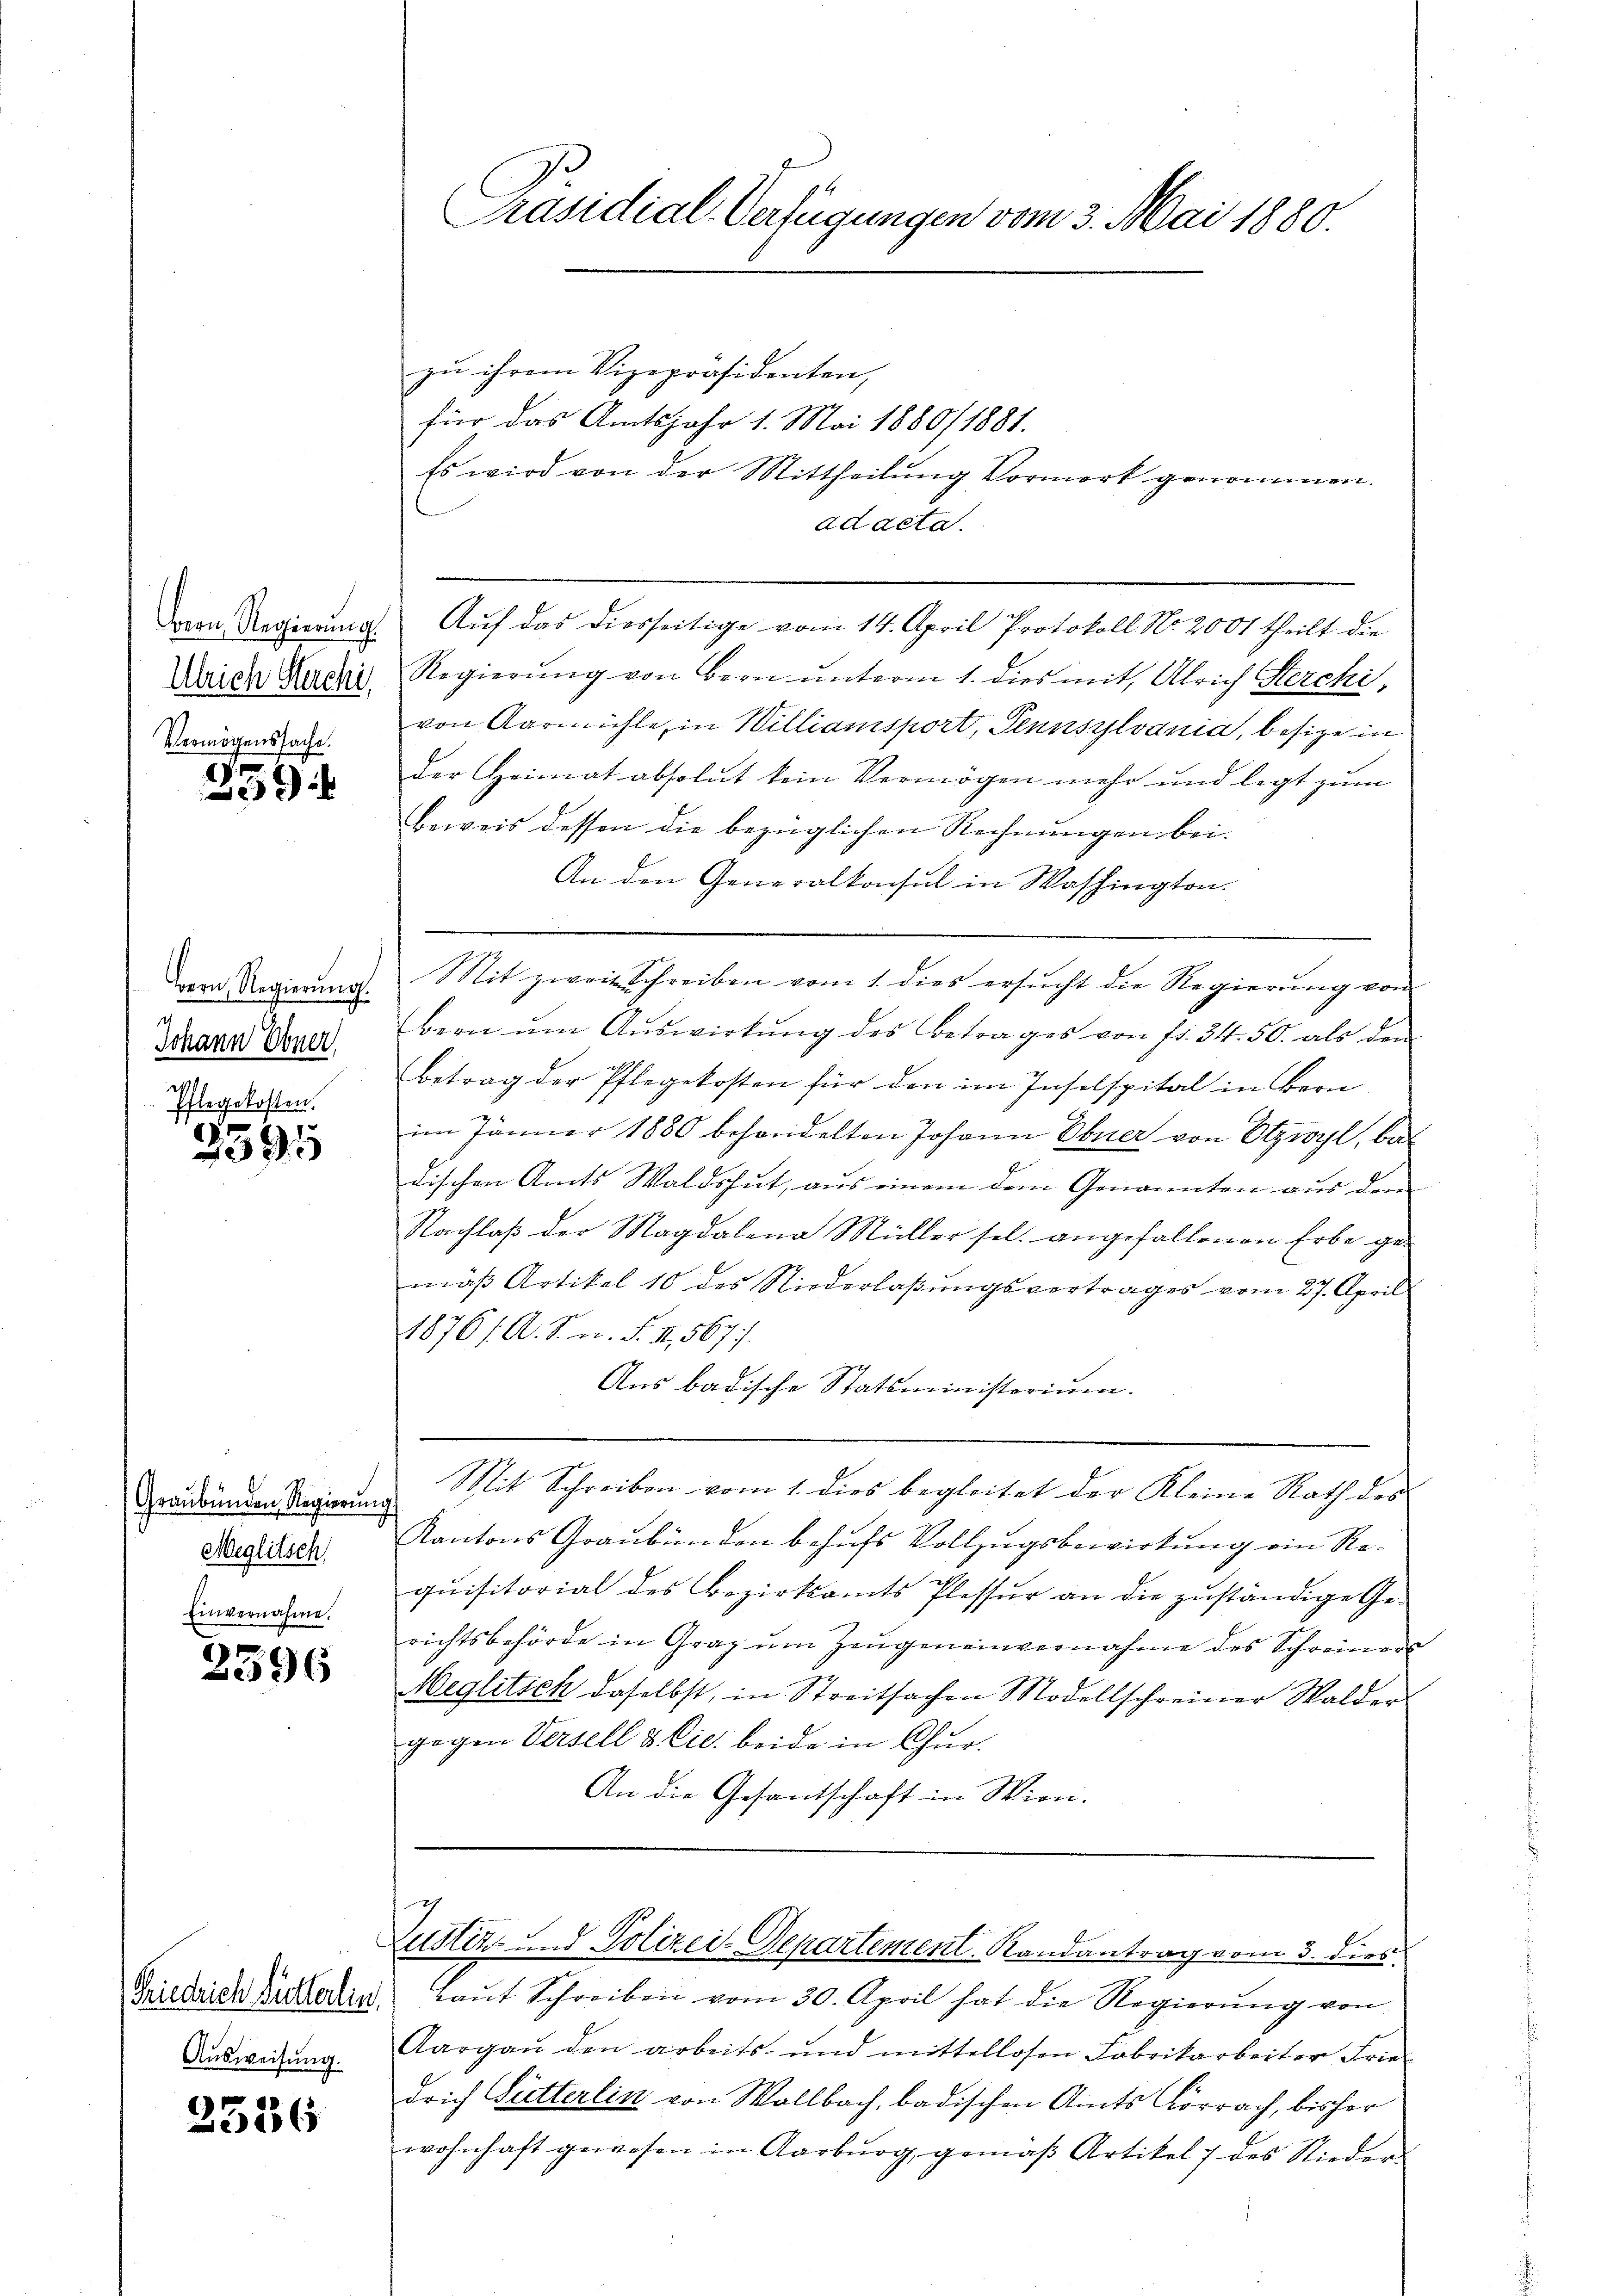
Bern, Regierung.
Ulrich Herchi
Vermögenssache.

359

Bern, Regierung.
Johann Ebner
7

(Graubünden Regierung
Meglitsch
Einvernahme.

2396

Ausweisung.

2536

Präsidial-Verfügungen vom 3. Mai 1880.

zu ihrem Vizepräsidenten,
für das Amtsjahr 1. Mai 1880/ 1881.
Es wird von der Mittheilung Vormort genommen.
ad acta.
Auf das diesseitige vom 14. April Protokoll No. 2001 theilt die
Regierŭng von Bern ŭnterm 1. dies mit, Ulrich Sterchi,
von Aarmühle, in Williansport, Pennsylvania, besize in
der Heimat absolut kein Vermögen mehr und legt zum
Beweis dessen die bezüglichen Rechnungen bei.
An den Generalkonsul in Washington.
Mit zweit Schreiben vom 1. dies ersŭcht die Regierŭng von
bern ŭm Aŭswirkŭng des Betrages von fr. 54. 50. als dem
betrag der Pflegekosten für den im Inselspital in Bern
im Jänner 1880 behandelten Johann Ebner von Otzwyl, bedischen Amts Waldshut, aus einem dem Genannten aus dem
Nachlaß der Magdalena Müller sel. angefallenen Erbe ge-
mäß Artikel 10 des Niederlaßungsvertrages vom 27. April
1876 f. A. S. n. F. II, 567 f.
Aus badische Statsministerium.
e
Mit Schreiben vom 1. dies begleitet der Kleine Rath des
Kantons Graubünden behufs Vollzugsbewirkung ein Requisitorial des Bezirksamts Plessur an die zuständige Gerichtsbehörde in Graz ŭm Zeŭgen einvernahme des Schreiner
Weglitsch daselbst, in Streitsachen Modellschreiner Walder
gegen Versell & Cie beide in Chur.
An die Gesantschaft in Wien.

Zustiz- und Polizei-Departement Randantrag vom 3. dies

Friedrich Vierten Laŭt Schreiben vom 30. April hat die Regierŭng von
Aargaŭ den arbeits- und mittellosen Fabrikarbeiter Frie-
drich Gütterlin von Wollbach, badischen Amts Körrach, bisher
wohnhaft gewesen in Aarburg gemäβ Artikel 7 des Nieder-